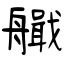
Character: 艥